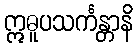
ဣဓူပသင်္ကန္တာနိ